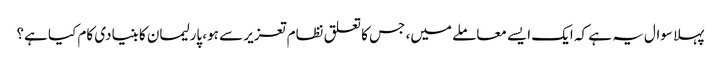
پہلا سوال یہ ہے کہ ایک ایسے معاملے میں، جس کا تعلق نظام تعزیر سے ہو، پارلیمان کا بنیادی کام کیا ہے؟